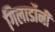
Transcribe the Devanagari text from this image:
गिलार्डोनी